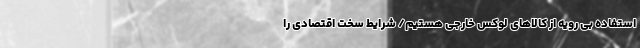
استفاده بی رویه از کالاهای لوکس خارجی هستیم/ شرایط سخت اقتصادی را